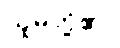
သူမတို့၏။